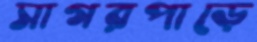
সাগরপাড়ে